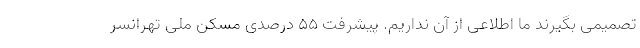
تصمیمی بگیرند ما اطلاعی از آن نداریم. پیشرفت ۵۵ درصدی مسکن ملی تهرانسر